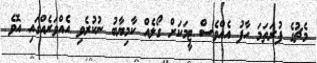
މެޗުގެ ފުރަތަމަ ހާފު އެއްވެސް ޓީމަކަށް ގޯލެއް ކާމިޔާބު ނުކުރެވި އެއްވަރެއްގައި އޮވެ